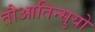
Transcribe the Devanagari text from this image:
तौआतिन्सुयो